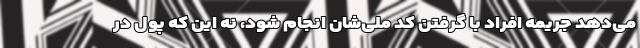
می‌دهد جریمه افراد با گرفتن کد ملی‌شان انجام شود، نه این که پول در